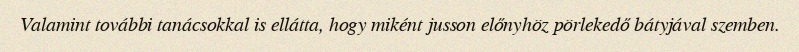
Valamint további tanácsokkal is ellátta, hogy miként jusson előnyhöz pörlekedő bátyjával szemben.